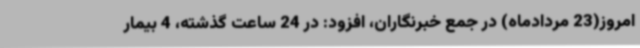
امروز(23 مردادماه) در جمع خبرنگاران، افزود: در 24 ساعت گذشته، 4 بیمار